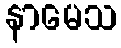
နာမေသ